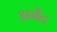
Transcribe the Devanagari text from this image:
अमेंट